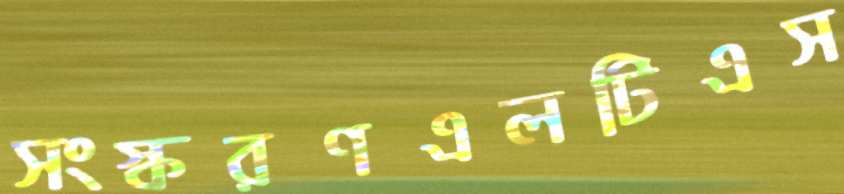
সংস্করণএলটিএস